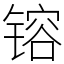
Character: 镕